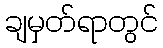
ချမှတ်ရာတွင်